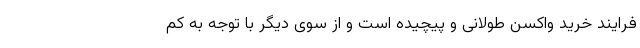
فرایند خرید واکسن طولانی و پیچیده است و از سوی دیگر با توجه به کم